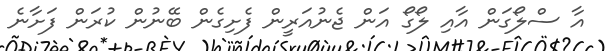
އާ ސްލޯގަން އާއި ލޯގޯ އަން ޖެނުއަރީން ފެށިގެން ބޭނުން ކުރަން ފަށާނެ